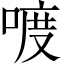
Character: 喥